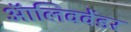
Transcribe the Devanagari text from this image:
ऑलिववेंडर